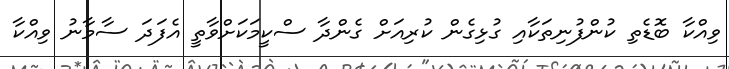
ވިއްކާ ބޮޑެތި ކުންފުނިތަކާއި ގުޅިގެން ކުރިއަށް ގެންދާ ސްކީމަކަށްވާތީ އެފަދަ ސާމާނު ވިއްކާ